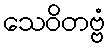
သေဝိတဗ္ဗံ